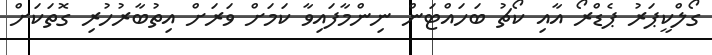
ގޯލްކީޕަރު ޕެޑްރޯ އާއި ކޯޗު ބަހައްޓަން ނިންމާފައިވާ ކަމަށް ވަރަށް އިތުބާރުހުރި ގޮތަކަށް